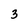
Character: 3